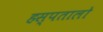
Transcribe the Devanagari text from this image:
हस्पतालो